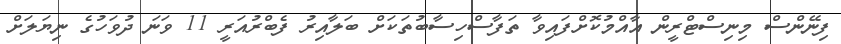
ފިނޭންސް މިނިސްޓްރީން އާއްމުކޮށްފައިވާ ތަފާސްހިސާބުތަކަށް ބަލާއިރު ފެބްރުއަރީ 11 ވަނަ ދުވަހުގެ ނިޔަލަށް